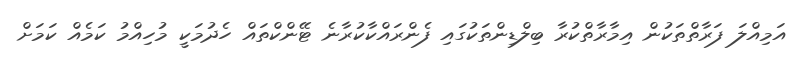
އަމިއްލަ ފަރާތްތަކުން އިމާރާތްކުރާ ބިލްޑިންތަކުގައި ފެންރައްކާކުރާނެ ޓޭންކްތައް ހެދުމަކީ މުހިއްމު ކަމެއް ކަމަށް